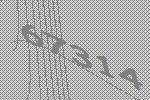
67314